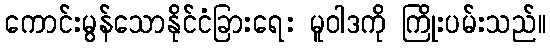
ကောင်းမွန်သောနိုင်ငံခြားရေး မူဝါဒကို ကြိုးပမ်းသည်။